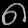
Digit: ၈